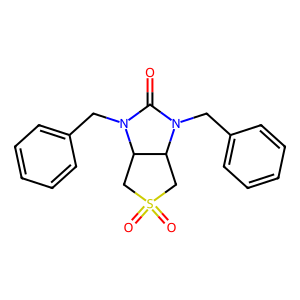
SMILES: O=C1N(Cc2ccccc2)C2CS(=O)(=O)CC2N1Cc1ccccc1
Inhibits HIV replication: No